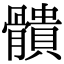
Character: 䯣